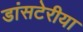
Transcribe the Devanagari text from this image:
डांसटेरीया